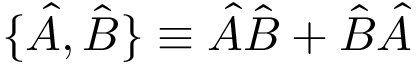
\{ \hat { A } , \hat { B } \} \equiv \hat { A } \hat { B } + \hat { B } \hat { A }